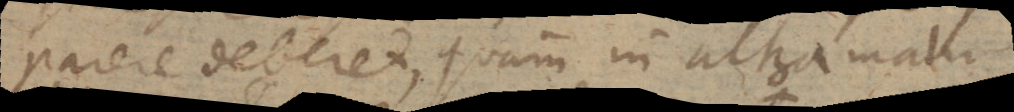
parere deberet, quam in altera matu